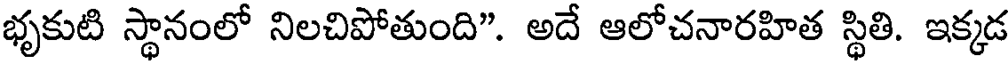
భృకుటి స్థానంలో నిలచిపోతుంది". అదే ఆలోచనారహిత స్థితి. ఇక్కడ